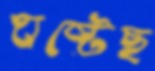
ঘষ্‌টেছ